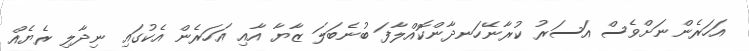
އަހަރެންނަށްވެސް އަސަރު ކުރާނޭހަނދާންކޮއްލާފަ ބުނެބަލަ ޒާޔާ އާއި އަހަރެން އެކުގައި ނިދާލި ރެޔެއް